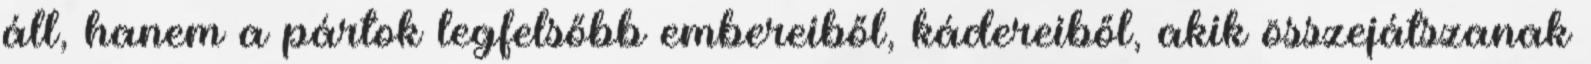
áll, hanem a pártok legfelsőbb embereiből, kádereiből, akik összejátszanak